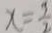
x = \frac { 3 } { 2 }